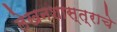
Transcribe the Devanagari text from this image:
लेखनशास्त्राचे